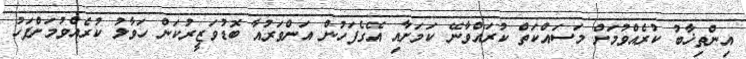
އިންތިޚާބު ކުރެއްވުމަށް މަސައްކަތް ކުރައްވާނޭ ކަމަށާއި އޭގެފަހުން އަންވަރުއާ ބޮޑުވަޒީރުކަން ހަވާލު ކުރެއްވުމަށްފަހު